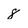
Character: 8